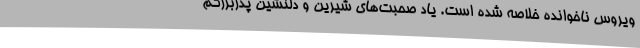
ویروس ناخوانده خلاصه شده است. یاد صحبت‌های شیرین و دلنشین پدربزرگم